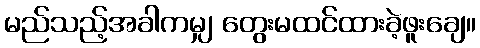
မည်သည့်အခါကမျှ တွေးမထင်ထားခဲ့ဖူးချေ။